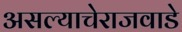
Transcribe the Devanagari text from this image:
असल्याचेराजवाडे